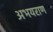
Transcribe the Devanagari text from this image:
अभयराण